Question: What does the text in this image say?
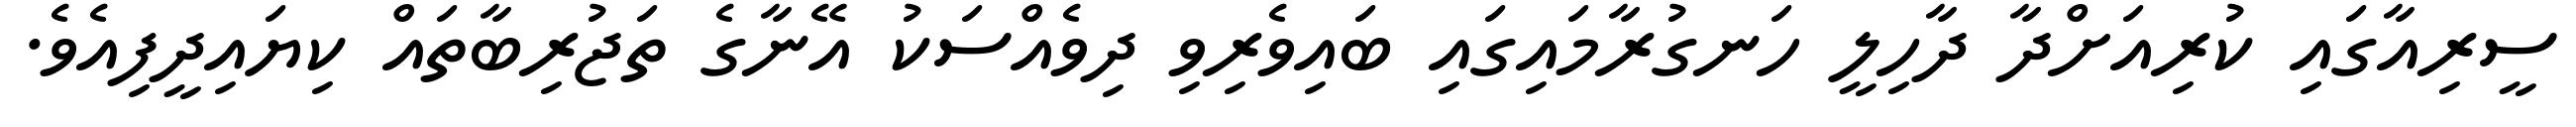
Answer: ސީރިއާގައި ކުރިއަށްދާ ދާހިލީ ހަނގުރާމައިގައި ބައިވެރިވި ދިވެއްސަކު އޭނާގެ ތަޖުރިބާތައް ކިޔައިދީފިއެވެ.